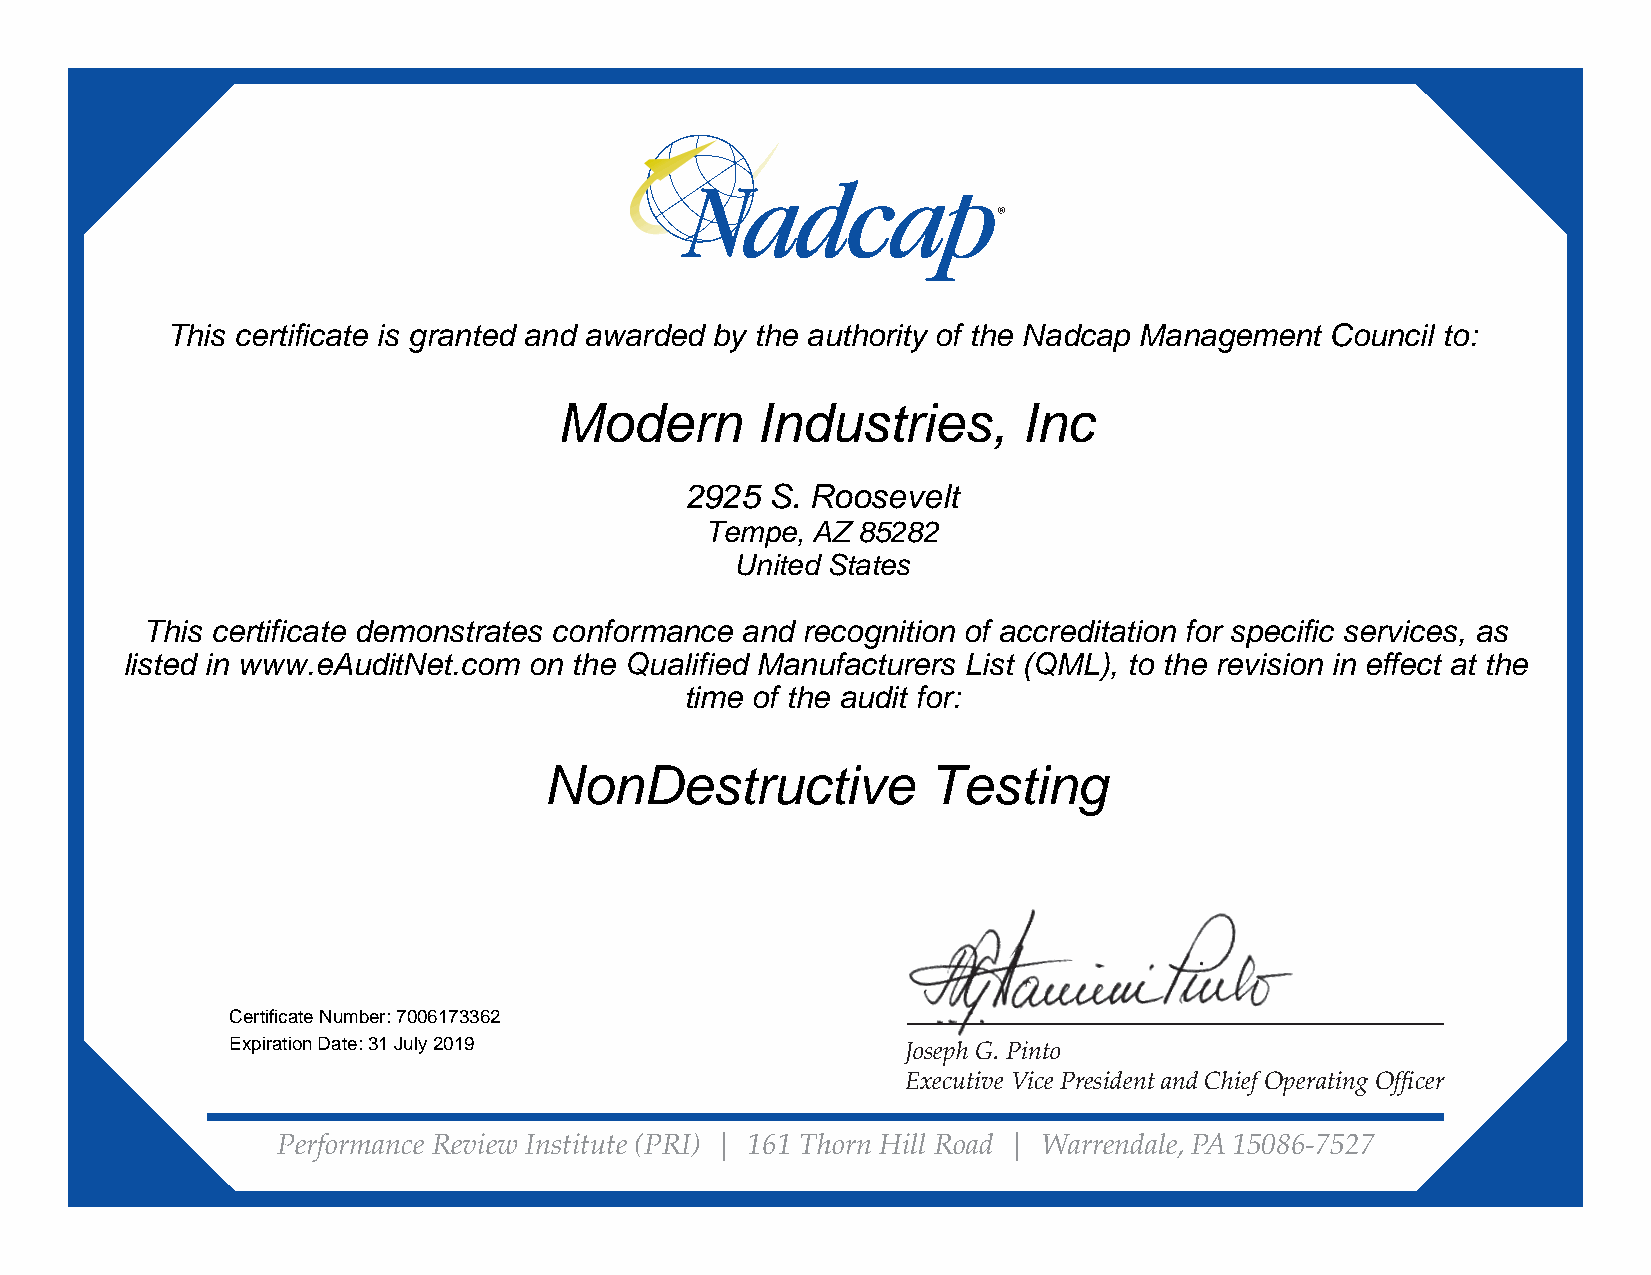
This certificate is granted and awarded by the authority of the Nadcap Management Council to:
 Modern       Industries,       Inc
 2925  S. Roosevelt
 Tempe, AZ 85282
 United States
 This certificate demonstrates conformance and recognition of accreditation for specific services, as
 listed in www.eAuditNet.com on the Qualified Manufacturers List (QML), to the revision in effect at the
 time of the audit for:
 NonDestructive           Testing
 Certificate Number: 7006173362
 Expiration Date: 31 July 2019                JJoosseepphh GG.. PPiinnttoo
 Executive Vice President and Chief Operating Offi cer
 Performance Review Institute (PRI) | 161 Thorn Hill Road | Warrendale, PA 15086-7527